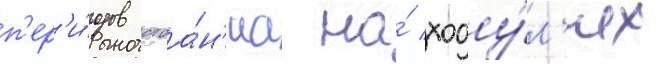
п'ер'и́одов стоа́н'иа на́ ходу́л'ях